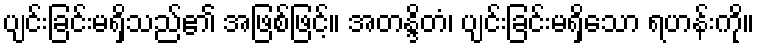
ပျင်းခြင်းမရှိသည်၏ အဖြစ်ဖြင့်။ အတန္ဒိတံ၊ ပျင်းခြင်းမရှိသော ရဟန်းကို။